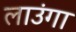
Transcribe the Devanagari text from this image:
लाउंगा